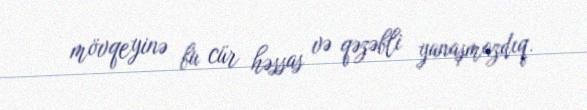
mövqeyinə bu cür həssas və qəzəbli yanaşmazdıq.